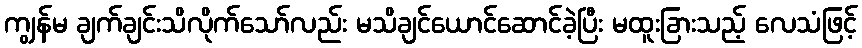
ကျွန်မ ချက်ချင်းသိလိုက်သော်လည်း မသိချင်ယောင်ဆောင်ခဲ့ပြီး မထူးခြားသည့် လေသံဖြင့်